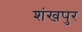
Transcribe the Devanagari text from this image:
शंखपुर